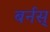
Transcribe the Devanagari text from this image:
बर्नस्